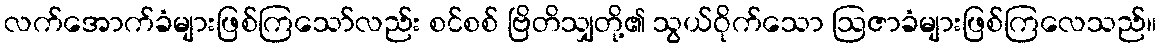
လက်အောက်ခံများဖြစ်ကြသော်လည်း စင်စစ် ဗြိတိသျှတို့၏ သွယ်ဝိုက်သော ဩဇာခံများဖြစ်ကြလေသည်။